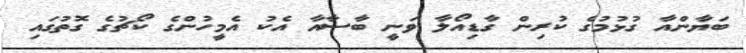
ބަޔާންއާ ގުޅުމުގެ ކުރިން ގާޑިއޯލާ ވަނީ ބާސާއާ އެކު އެމީހުންގެ ކޯޗުގެ ގޮތުގައި